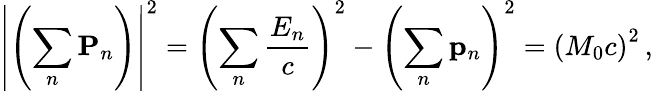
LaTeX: \left|\left(\sum_{n}\mathbf{P}_{n}\right)\right|^{2}=\left(\sum_{n}{\frac{E_{n}}{c}}\right)^{2}-\left(\sum_{n}\mathbf{p}_{n}\right)^{2}=\left(M_{0}c\right)^{2}\, ,